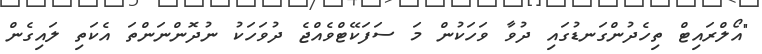
"އޯލްރައިޓް ތިހެދުންގަނޑުގައި ދުވާ ވަހަކުން މަ ސަފަކޭޓްވެއްޖެ ދުވަހަކު ނުދޮންނަންތަ އެކަތި ލައިގެން